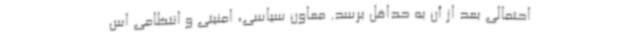
احتمالی بعد از آن به حداقل برسد. معاون سیاسی، امنیتی و انتظامی اس